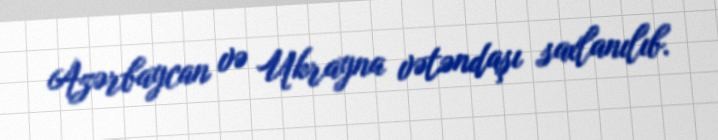
Azərbaycan və Ukrayna vətəndaşı saxlanılıb.